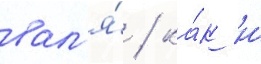
вал'я́ / ка́к и́